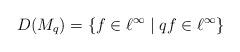
LaTeX: \begin{align*}D(M_{q})=\{f\in\ell^{\infty}\;|\;qf\in\ell^{\infty}\}\end{align*}